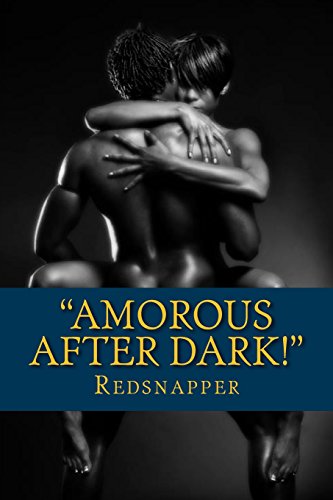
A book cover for "Amorous After Dark": A Novel; Redsnapper; Romance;